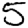
Digit: 5